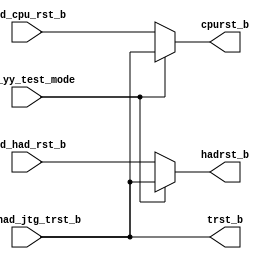
/*Copyright 2018-2021 T-Head Semiconductor Co., Ltd.

Licensed under the Apache License, Version 2.0 (the "License");
you may not use this file except in compliance with the License.
You may obtain a copy of the License at

    http://www.apache.org/licenses/LICENSE-2.0

Unless required by applicable law or agreed to in writing, software
distributed under the License is distributed on an "AS IS" BASIS,
WITHOUT WARRANTIES OR CONDITIONS OF ANY KIND, either express or implied.
See the License for the specific language governing permissions and
limitations under the License.
*/

// &ModuleBeg; @22
module cr_rst_top(
  cpurst_b,
  hadrst_b,
  pad_cpu_rst_b,
  pad_had_jtg_trst_b,
  pad_had_rst_b,
  pad_yy_test_mode,
  trst_b
);

// &Ports; @23
input        pad_cpu_rst_b;     
input        pad_had_jtg_trst_b; 
input        pad_had_rst_b;     
input        pad_yy_test_mode;  
output       cpurst_b;          
output       hadrst_b;          
output       trst_b;            

// &Regs; @24

// &Wires; @25
wire         cpurst_b;          
wire         hadrst_b;          
wire         pad_cpu_rst_b;     
wire         pad_had_jtg_trst_b; 
wire         pad_had_rst_b;     
wire         pad_yy_test_mode;  
wire         trst_b;            


//cpu reset 
assign cpurst_b = pad_yy_test_mode ? pad_had_jtg_trst_b : pad_cpu_rst_b;

//had reset
//signal for reset cpuclk domain reg in HAD
assign hadrst_b = pad_yy_test_mode ? pad_had_jtg_trst_b : pad_had_rst_b;
//signal for reset JTAG in HAD
assign trst_b = pad_had_jtg_trst_b;

// &ModuleEnd; @36
endmodule